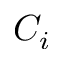
C _ { i }